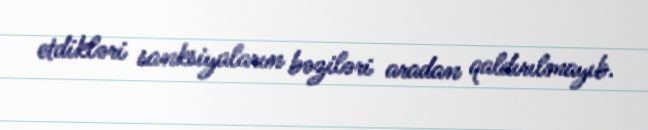
etdikləri sanksiyaların bəziləri aradan qaldırılmayıb.